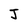
Character: J